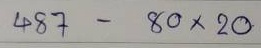
487 - 80 x 20